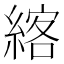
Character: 𦂦